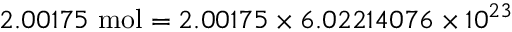
2 . 0 0 1 7 5 ~ \mathrm { m o l } = 2 . 0 0 1 7 5 \times 6 . 0 2 2 1 4 0 7 6 \times 1 0 ^ { 2 3 }